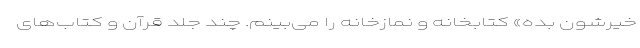
خیرشون بده» کتابخانه و نمازخانه را می‌بینم. چند جلد قرآن و کتاب‌های